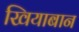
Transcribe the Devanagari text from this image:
खियाबान